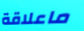
ماعلاقة